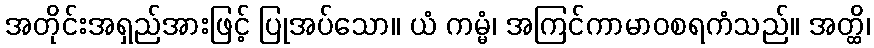
အတိုင်းအရှည်အားဖြင့် ပြုအပ်သော။ ယံ ကမ္မံ၊ အကြင်ကာမာဝစရကံသည်။ အတ္ထိ၊